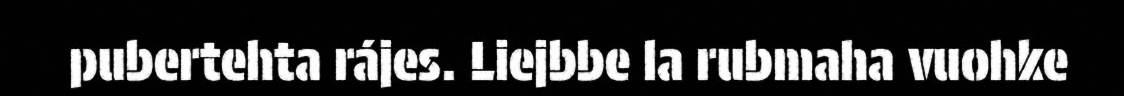
pubertehta rájes. Liejbbe la rubmaha vuohke